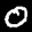
Label: 0